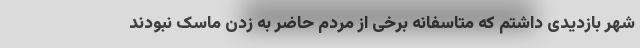
شهر بازدیدی داشتم که متاسفانه برخی از مردم حاضر به زدن ماسک نبودند